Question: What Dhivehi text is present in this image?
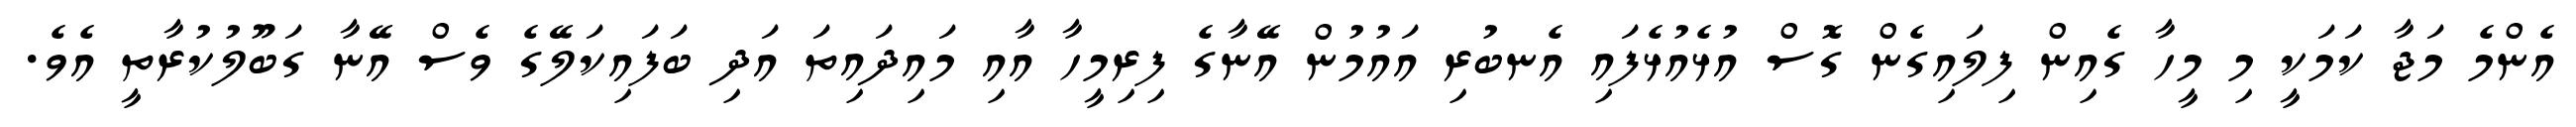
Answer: އެންމެ މަޖާ ކަމަކީ މި މީހާ ގެއިން ފިލައިގެން ގޮސް އުޅެއުޅެފައި އެނބުރި އައުމުން އޭނާގެ ފިރިމީހާ އާއި މައިދައިތަ އަދި ބަފައިކަލޭގެ ވެސް އޭނާ ގަބޫލުކުރާތީ އެވެ.